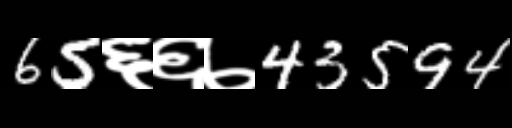
Text: 65६६७43594